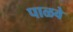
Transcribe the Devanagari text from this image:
पाळवे